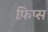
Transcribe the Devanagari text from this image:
फ़िप्स